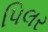
પિલર